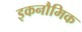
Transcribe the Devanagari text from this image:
इकनौमिक